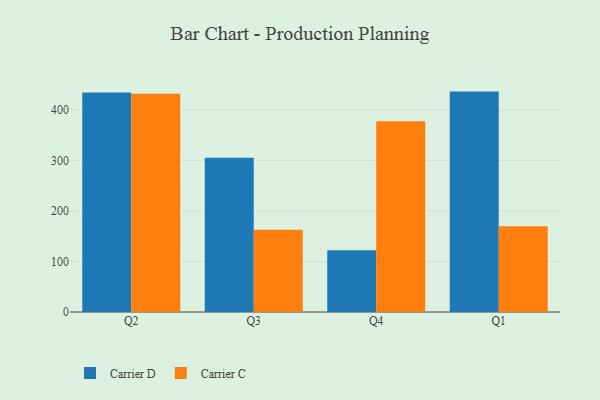
{"axis": {"x": "Quarter", "y": "Customer Acquisition Cost (USD)"}, "legend": ["Carrier C", "Carrier D"], "data": [{"x": "Q2", "y": 434.2, "type": "Carrier D"}, {"x": "Q2", "y": 431.9, "type": "Carrier C"}, {"x": "Q3", "y": 305.4, "type": "Carrier D"}, {"x": "Q3", "y": 162.6, "type": "Carrier C"}, {"x": "Q4", "y": 122.0, "type": "Carrier D"}, {"x": "Q4", "y": 377.4, "type": "Carrier C"}, {"x": "Q1", "y": 436.2, "type": "Carrier D"}, {"x": "Q1", "y": 169.7, "type": "Carrier C"}]}